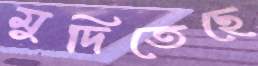
মুদিতেছে